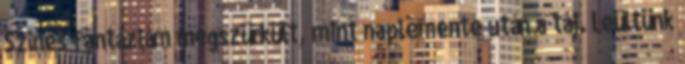
Színes fantáziám megszürkült, mint naplemente után a táj. Leültünk